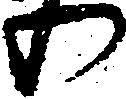
わ